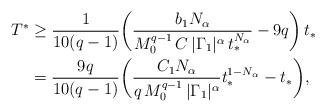
LaTeX: \begin{align*}T^{*} &\geq \frac{1}{10(q-1)}\bigg(\frac{b_{1}N_{\alpha}}{M_{0}^{q-1}\,C\, |\Gamma_1|^{\alpha}\,t_{*}^{N_{\alpha}}}-9q\bigg)\,t_{*} \\&=\frac{9q}{10(q-1)}\bigg(\frac{C_{1}N_{\alpha}}{q\,M_{0}^{q-1}\,|\Gamma_{1}|^{\alpha}}t_{*}^{1-N_{\alpha}}-t_{*}\bigg), \end{align*}